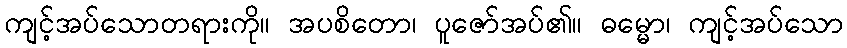
ကျင့်အပ်သောတရားကို။ အပစိတော၊ ပူဇော်အပ်၏။ ဓမ္မော၊ ကျင့်အပ်သော